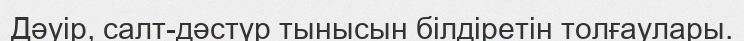
Дәуір, салт-дәстүр тынысын білдіретін толғаулары.